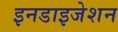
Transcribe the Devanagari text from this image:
इनडाइजेशन